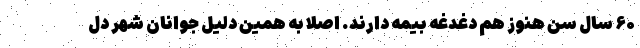
۶۰ سال سن هنوز هم دغدغه بیمه دارند. اصلا به همین دلیل جوانان شهر دل